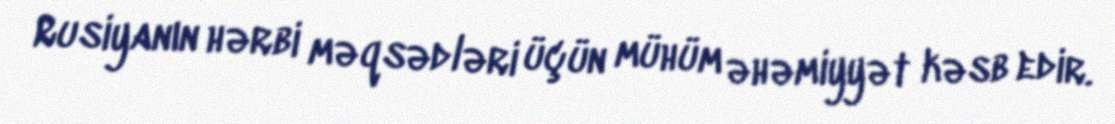
Rusiyanın hərbi məqsədləri üçün mühüm əhəmiyyət kəsb edir.